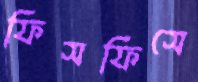
ফিসফিসে